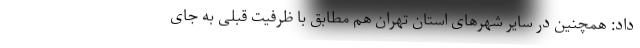
داد: همچنین در سایر شهرهای استان تهران هم مطابق با ظرفیت قبلی به جای